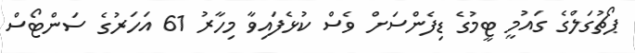
ޕޯޗުގަލްގެ ގައުމީ ޓީމުގެ ޑިފެންސަށް ވެސް ކުޅެފައިވާ މިހާރު 61 އަހަރުގެ ސަންޓޯސް